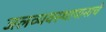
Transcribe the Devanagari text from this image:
जलव्यवस्थापानाचे